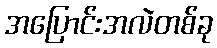
အပြောင်းအလဲတစ်ခု